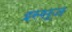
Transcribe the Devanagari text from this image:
इस्सूज